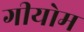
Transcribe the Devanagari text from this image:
गीयोम